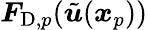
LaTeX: \boldsymbol{F}_{\mathrm{D},p}(\tilde{\boldsymbol{u}}(\boldsymbol{x}_{p}))